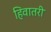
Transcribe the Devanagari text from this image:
हिवातरी